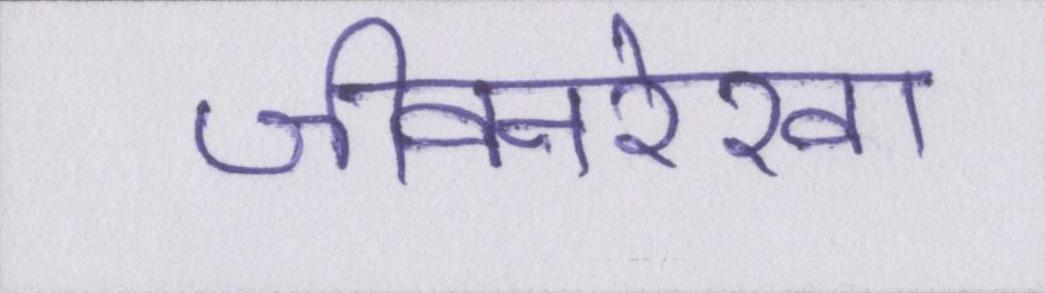
जीवनरेखा